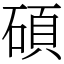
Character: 碩